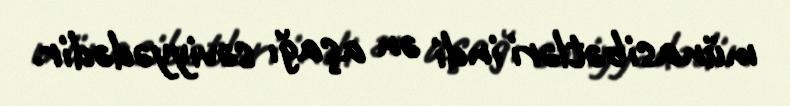
münasibətləri indi ən aşağı səviyyədədir.